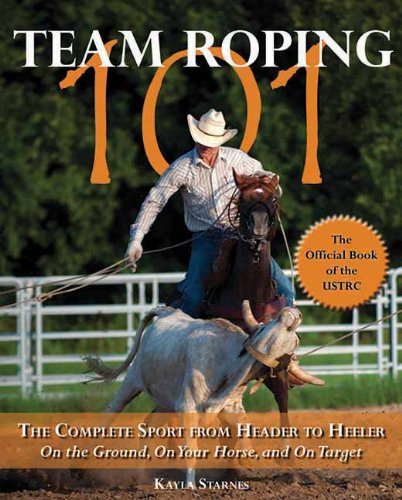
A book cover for Team Roping 101: The Complete Sport from Header to Heeler; Kayla Starnes; Sports & Outdoors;